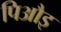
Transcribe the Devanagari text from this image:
पिऔइ